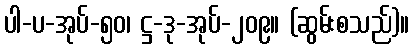
ပါ-ပ-အုပ်-၅၀၊ ဋ္ဌ-ဒု-အုပ်-၂၀၉။ (ဆွမ်းစသည်)။